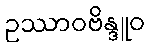
ဥဿာဝဗိန္ဒူဝ